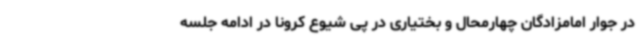
در جوار امامزادگان چهارمحال و بختیاری در پی شیوع کرونا در ادامه جلسه